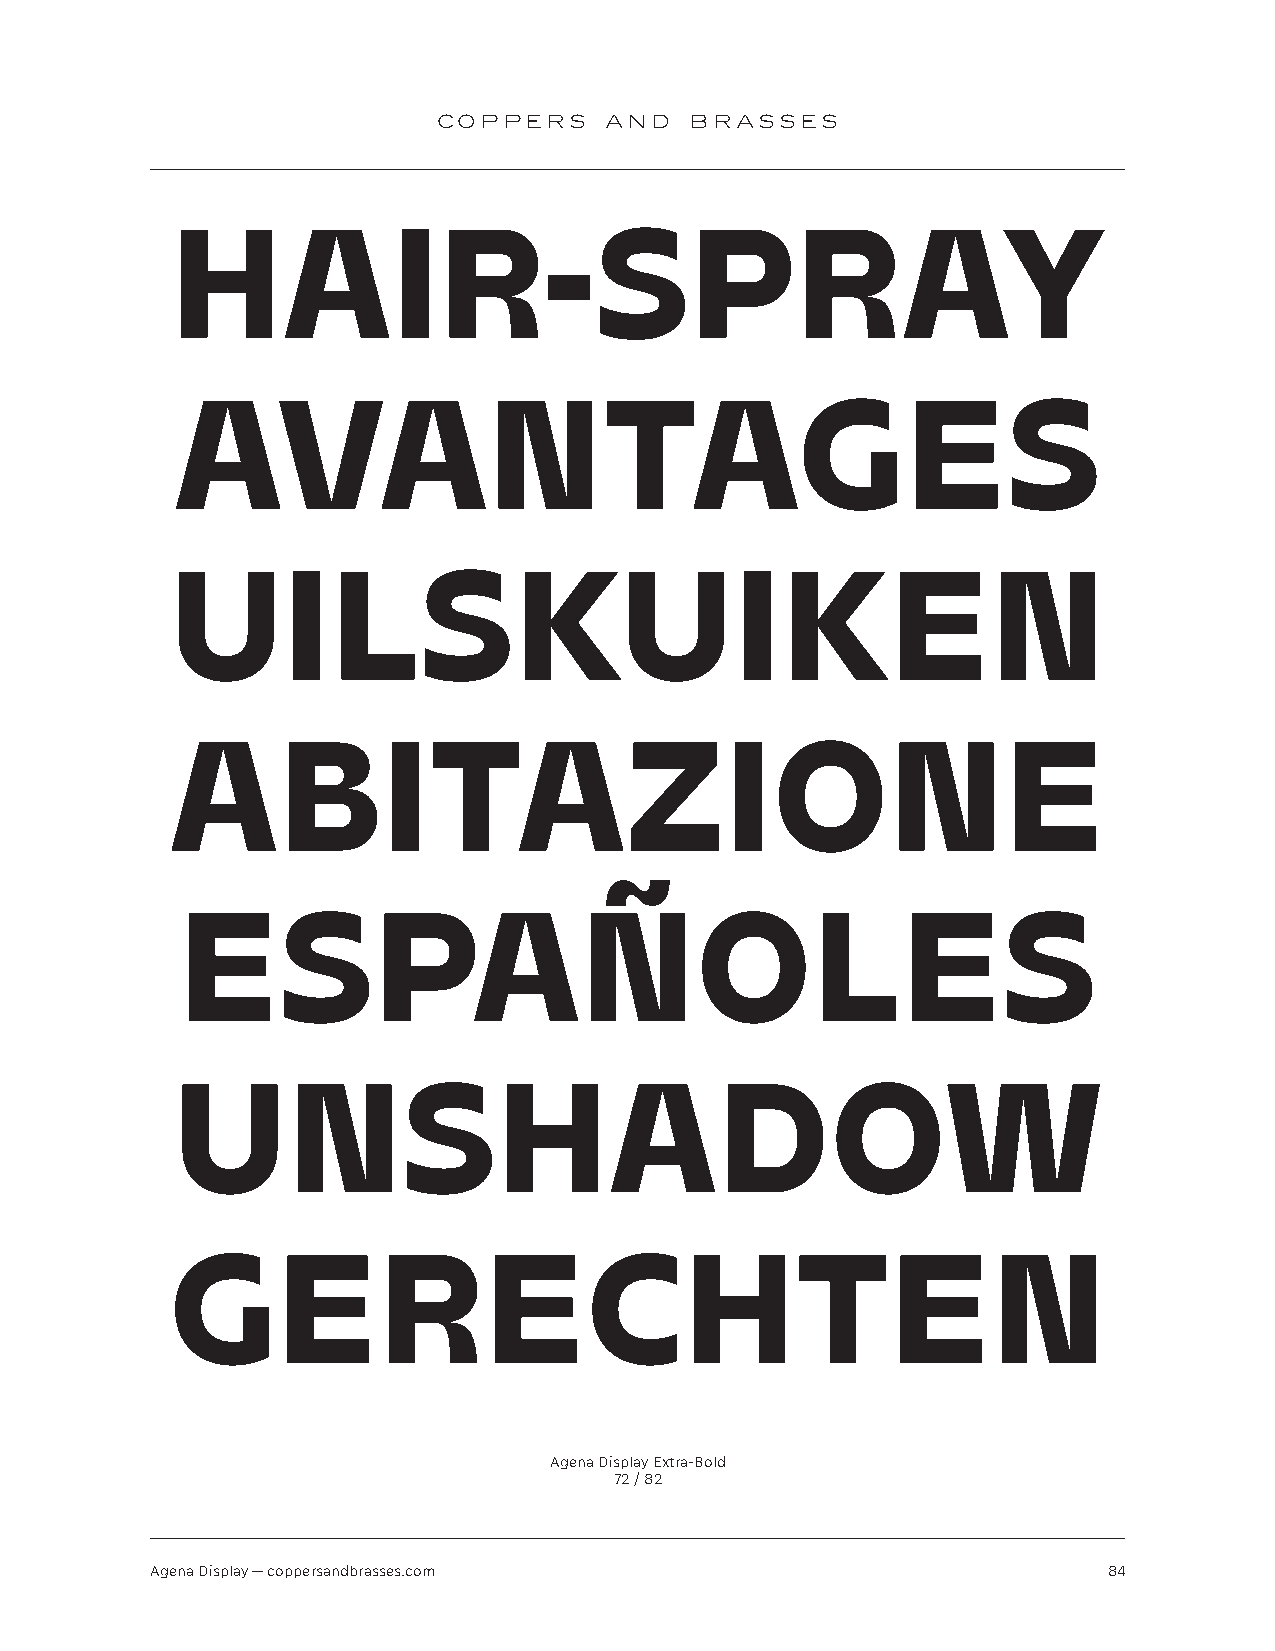
COPPERS    AND   BRASSES
 HAIR-SPRAY
 AVANTAGES
 UILSKUIKEN
 ABITAZIONE
 ESPAÑOLES
 UNSHADOW
 GERECHTEN
 Agena Display Extra-Bold
 72 / 82
 Agena Display — coppersandbrasses.com                          84